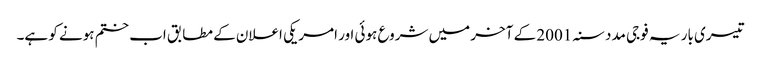
تیسری بار یہ فوجی مدد سنہ 2001 کے آخر میں شروع ہوئی اور امریکی اعلان کے مطابق اب ختم ہونے کو ہے۔